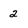
Character: 2